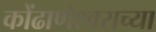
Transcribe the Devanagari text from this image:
कोंढाणेश्वराच्या